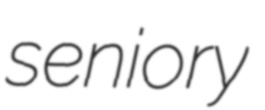
seniory